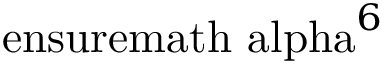
{ \mathrm { \ e n s u r e m a t h { \ a l p h a } } } ^ { 6 }